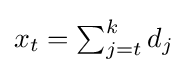
x_{t}=\textstyle \sum _{j=t}^{k}d_{j}